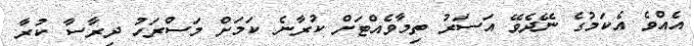
އެއްވެ އެކަމުގެ ނޭދެވޭ އަސަރު ތިމާވެއްޓަށް ކުރާނެ ކަމަށް މަސްރަހު ދިރާސާ ކުރާ